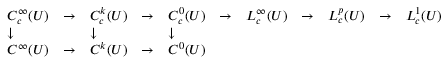
{ \begin{array} { l l l l l l l l l l l } { C _ { c } ^ { \infty } ( U ) } & { \to } & { C _ { c } ^ { k } ( U ) } & { \to } & { C _ { c } ^ { 0 } ( U ) } & { \to } & { L _ { c } ^ { \infty } ( U ) } & { \to } & { L _ { c } ^ { p } ( U ) } & { \to } & { L _ { c } ^ { 1 } ( U ) } \\ { \downarrow } & & { \downarrow } & & { \downarrow } \\ { C ^ { \infty } ( U ) } & { \to } & { C ^ { k } ( U ) } & { \to } & { C ^ { 0 } ( U ) } \\ { } \end{array} }